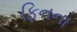
ફિનના